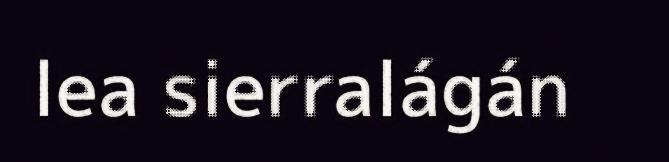
lea sierralágán